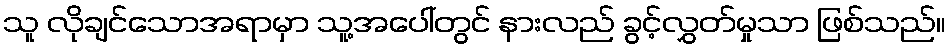
သူ လိုချင်သောအရာမှာ သူ့အပေါ်တွင် နားလည် ခွင့်လွှတ်မှုသာ ဖြစ်သည်။